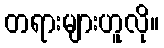
တရားများဟူလို။